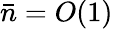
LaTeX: \bar{n}=O(1)